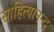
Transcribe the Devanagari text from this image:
साहित्यानन्द